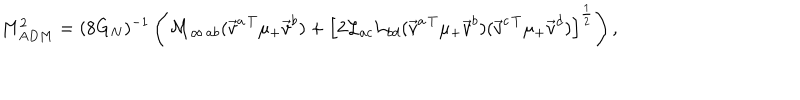
LaTeX: M _ { A D M } ^ { 2 } = ( 8 G _ { N } ) ^ { - 1 } \left( { } { \cal M } _ { \infty \, a b } ( { \vec { v } } ^ { a \, T } \mu _ { + } { \vec { v } } ^ { b } ) + \left[ { 2 } { \cal L } _ { a c } { \cal L } _ { b d } ( { \vec { v } } ^ { a \, T } \mu _ { + } { \vec { v } } ^ { b } ) ( { \vec { v } } ^ { c \, T } \mu _ { + } { \vec { v } } ^ { d } ) \right] ^ { \frac { 1 } { 2 } } \right) ,